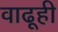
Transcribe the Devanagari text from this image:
वाढूही